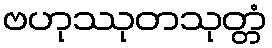
ဗဟုဿုတသုတ္တံ